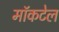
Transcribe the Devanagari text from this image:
मॉकटेल